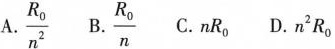
A.\frac{R_{0}}{n^{2}}B.\frac{R_{0}}{n} C.nR_{0}。D.n^{2}R_{0}